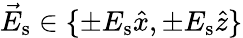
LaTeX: \vec{E}_{\textrm{s}}\in\{ \pm E_{\textrm{s}}\hat{x},\pm E_{\textrm{s}}\hat{z}\}